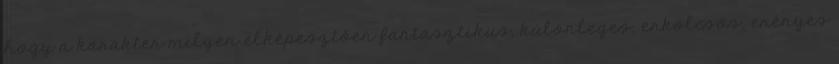
hogy a karakter milyen elképesztően fantasztikus, különleges, erkölcsös, erényes